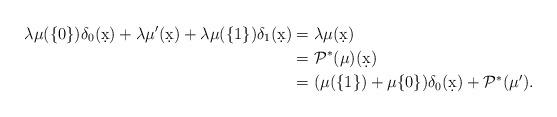
LaTeX: \begin{align*} \lambda \mu(\{0\}) \delta_0(\d x) + \lambda \mu'(\d x) + \lambda \mu(\{1\}) \delta_1(\d x) &= \lambda \mu(\d x)\\ &= \mathcal P^*(\mu)(\d x)\\ &= (\mu(\{1\}) + \mu\{0\}) \delta_0(\d x) + \mathcal P^* (\mu').\end{align*}